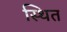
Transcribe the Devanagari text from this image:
स्थित